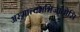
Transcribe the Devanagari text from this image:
अस्मात्त्वमभिजातोसि